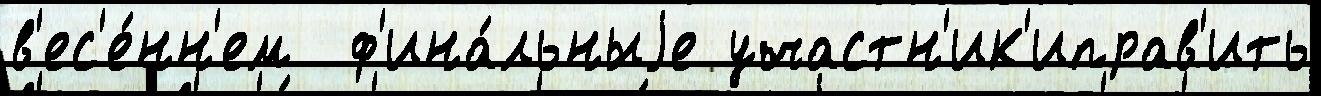
в'ес'е́нн'ем  ф'ина́льныjе участн'ик'иправ'ить